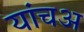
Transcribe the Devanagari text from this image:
यांचअ